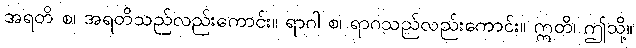
အရတိ စ၊ အရတိသည်လည်းကောင်း။ ရာဂါ စ၊ ရာဂသည်လည်းကောင်း။ ဣတိ၊ ဤသို့။